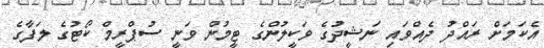
އެކަމަށް ރައްދު ދެއްވައި ނަޝީދުގެ ވަކީލުންގެ ޓީމުން ވަނީ ސުޕްރީމް ކޯޓުގެ ލަފާގެ